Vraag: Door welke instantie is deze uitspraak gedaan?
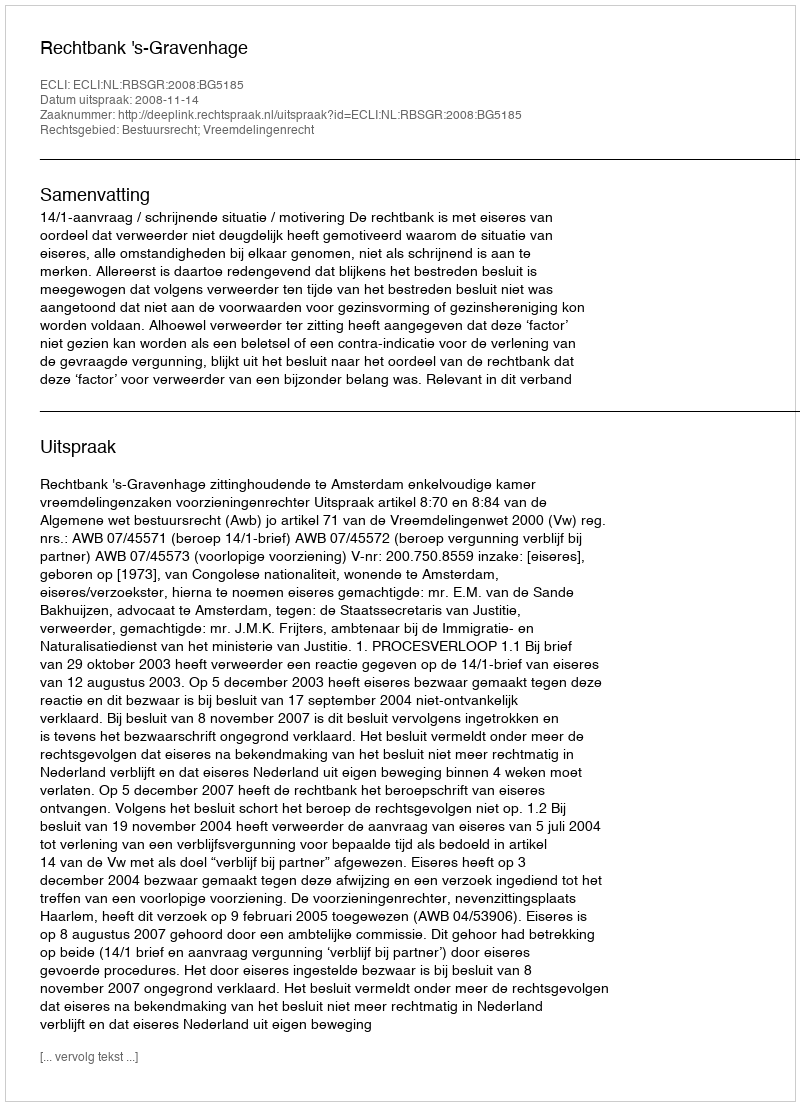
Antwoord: Rechtbank 's-Gravenhage